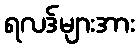
ရလဒ်များအား